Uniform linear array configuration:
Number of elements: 32
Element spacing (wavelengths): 0.25
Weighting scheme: hamming
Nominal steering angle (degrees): -30
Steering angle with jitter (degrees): -28.914
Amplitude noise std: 0.05
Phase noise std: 0.05

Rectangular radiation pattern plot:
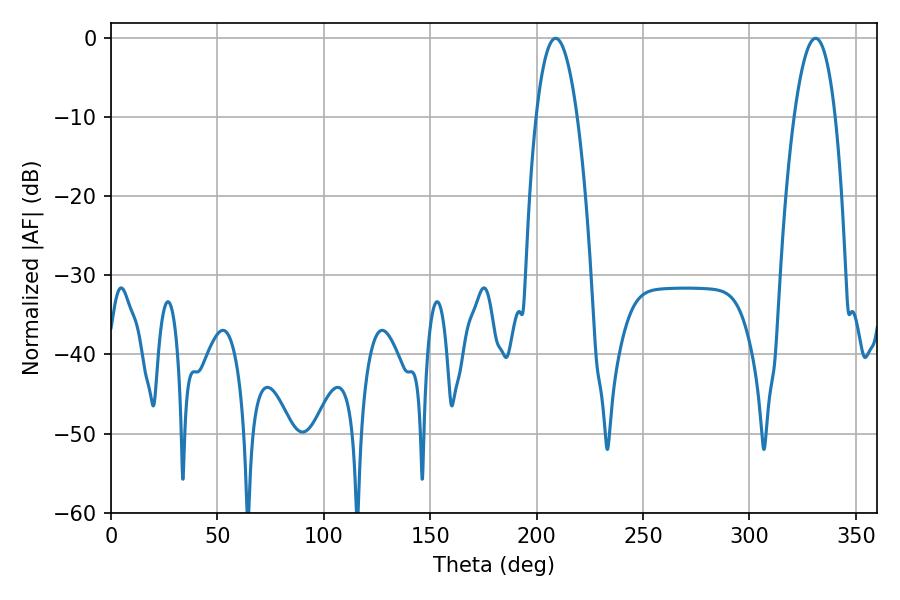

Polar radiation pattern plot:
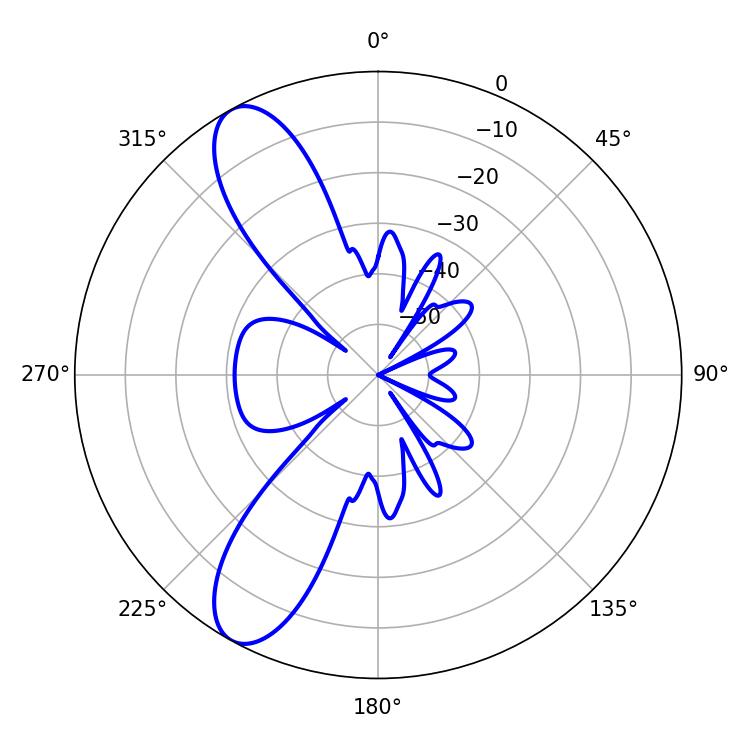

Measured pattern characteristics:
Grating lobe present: FALSE
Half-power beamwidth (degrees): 10.62
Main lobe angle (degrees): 208.98